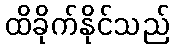
ထိခိုက်နိုင်သည်